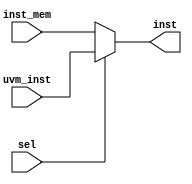
module uvm_mux(
    input sel,
    input [31:0] inst_mem,uvm_inst,
    output [31:0] inst
    );
    
   assign inst = sel? uvm_inst:inst_mem;
endmodule